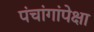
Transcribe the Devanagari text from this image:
पंचांगांपेक्षा